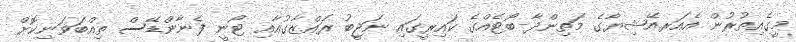
މީގެއިތުރުން އެއަރއޭޝިޔާގެ މަތިންދާ ބޯޓެއްގެ ކައިރީގައި ނަޖީބު ރައްޒާގުއާއި ޓޯނީ ފެނާންޑޭސް ތިއްބަވަނިކޮށް